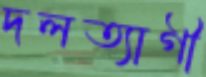
দলত্যাগী